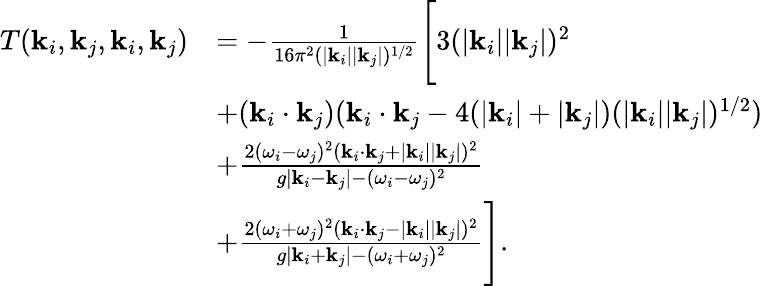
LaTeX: \begin{array}{rl}{T(\mathbf{k}_{i},\mathbf{k}_{j},\mathbf{k}_{i},\mathbf{k}_{j})}&{=-\frac{1}{16\pi^{2}(|\mathbf{k}_{i}||\mathbf{k}_{j}|)^{1/2}}\Biggl[3(|\mathbf{k}_{i}||\mathbf{k}_{j}|)^{2}}\\ &{\left.+(\mathbf{k}_{i}\cdot\mathbf{k}_{j})(\mathbf{k}_{i}\cdot\mathbf{k}_{j}-4(|\mathbf{k}_{i}|+|\mathbf{k}_{j}|)(|\mathbf{k}_{i}||\mathbf{k}_{j}|)^{1/2})\right.}\\ &{+\frac{2(\omega_{i}-\omega_{j})^{2}(\mathbf{k}_{i}\cdot\mathbf{k}_{j}+|\mathbf{k}_{i}||\mathbf{k}_{j}|)^{2}}{g|\mathbf{k}_{i}-\mathbf{k}_{j}|-(\omega_{i}-\omega_{j})^{2}}}\\ &{+\frac{2(\omega_{i}+\omega_{j})^{2}(\mathbf{k}_{i}\cdot\mathbf{k}_{j}-|\mathbf{k}_{i}||\mathbf{k}_{j}|)^{2}}{g|\mathbf{k}_{i}+\mathbf{k}_{j}|-(\omega_{i}+\omega_{j})^{2}}\Biggr].}\end{array}